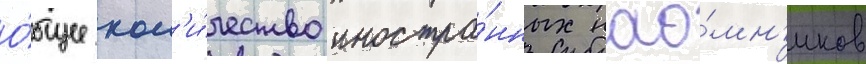
О́бщее кол'и́чество иностра́нных нао́мн'иков